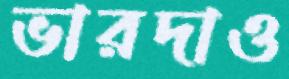
ভারদাও